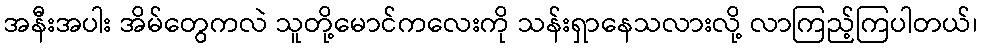
အနီးအပါး အိမ်တွေကလဲ သူတို့မောင်ကလေးကို သန်းရှာနေသလားလို့ လာကြည့်ကြပါတယ်၊